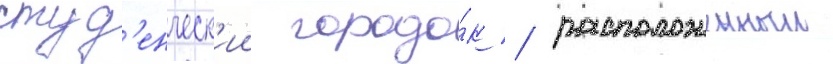
студ'енческ'ии городо́к / расположенныи